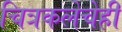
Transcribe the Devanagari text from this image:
चित्रकलेचेही